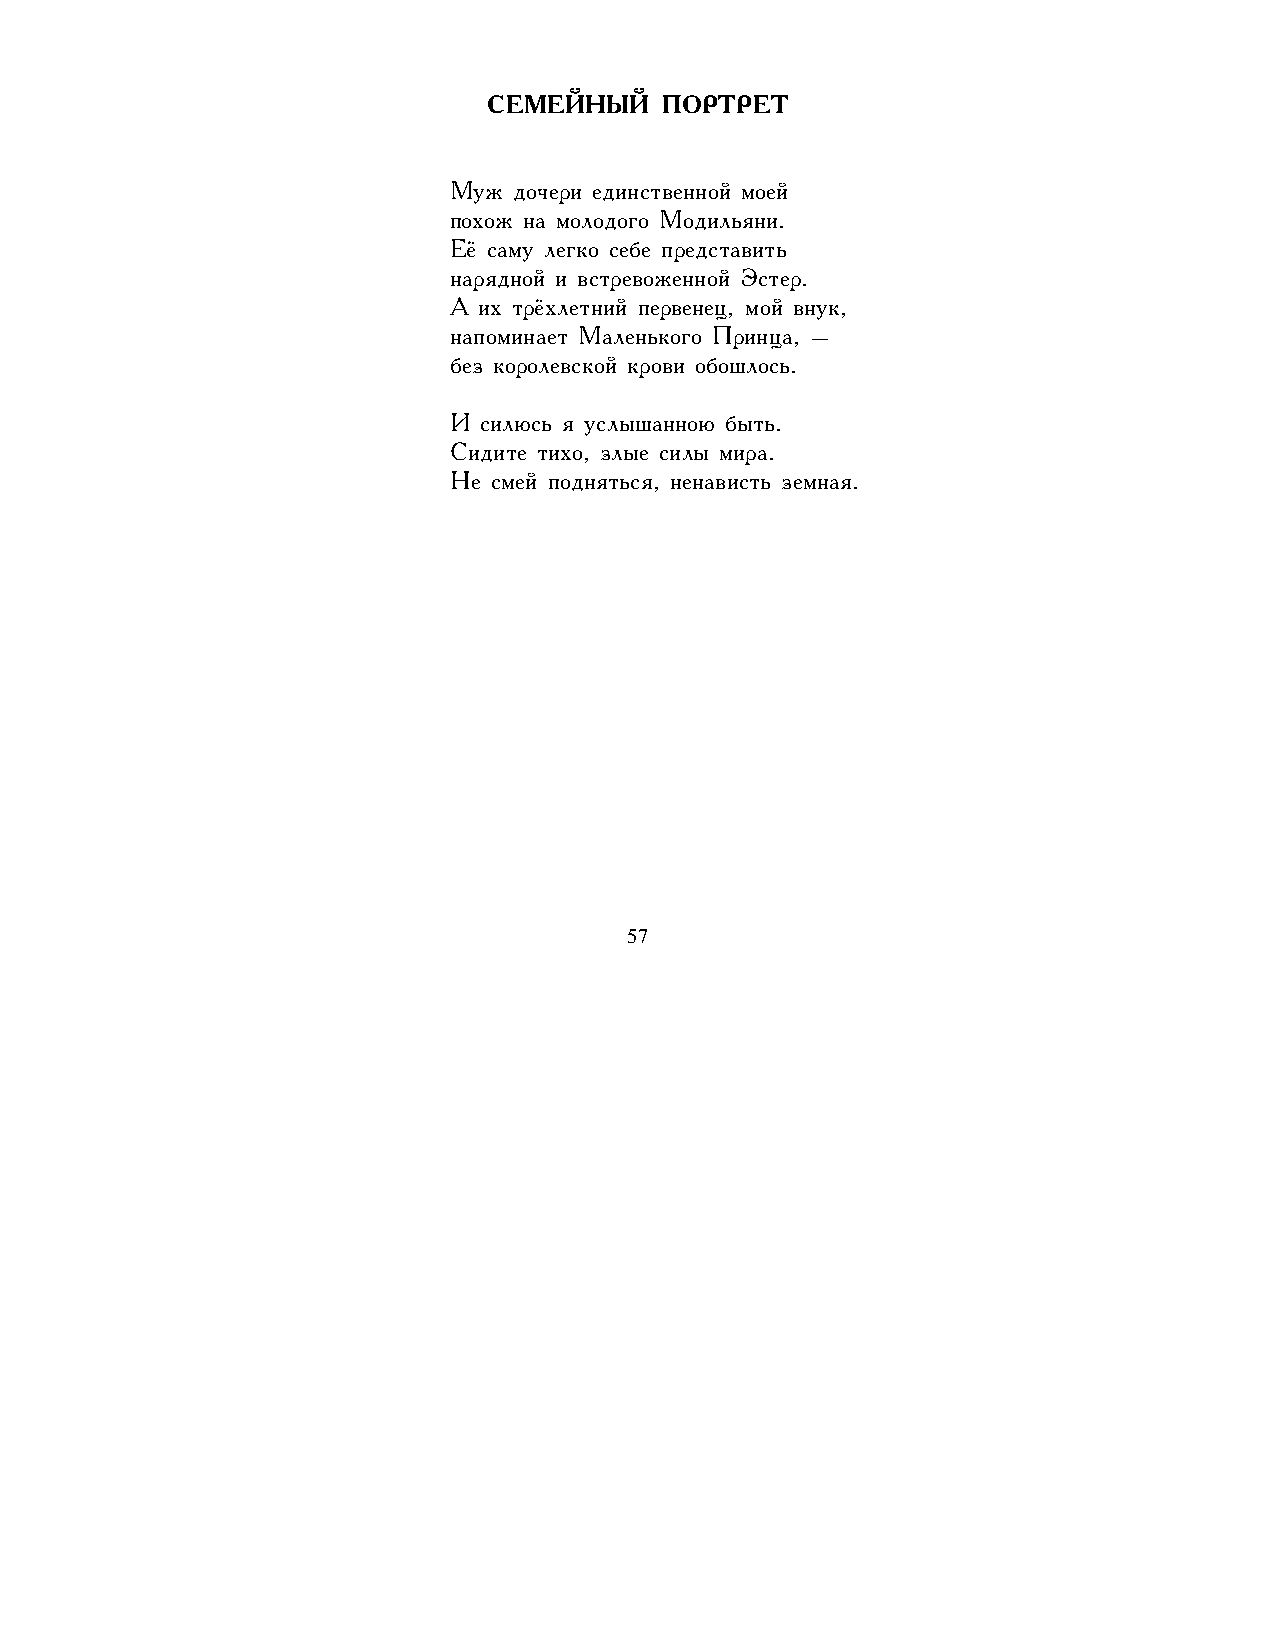
СЕМЕЙНЫЙ    ПОРТРЕТ
 Муж дочери единственной моей
 похож на молодого Модильяни.
 Её саму легко себе представить
 нарядной и встревоженной Эстер.
 А их трёхлетний первенец, мой внук,
 напоминает Маленького Принца, –
 без королевской крови обошлось.
 И силюсь я услышанною быть.
 Сидите тихо, злые силы мира.
 Не смей подняться, ненависть земная.
 57